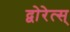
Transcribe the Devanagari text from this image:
द्वोरेत्स्